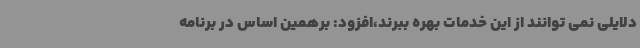
دلایلی نمی توانند از این خدمات بهره ببرند،افزود: برهمین اساس در برنامه